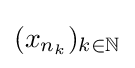
(x_{n_{k}})_{k\in \mathbb {N} }